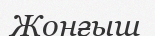
Жонғыш